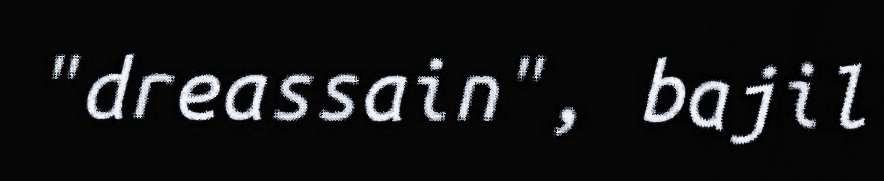
"dreassain", bajil